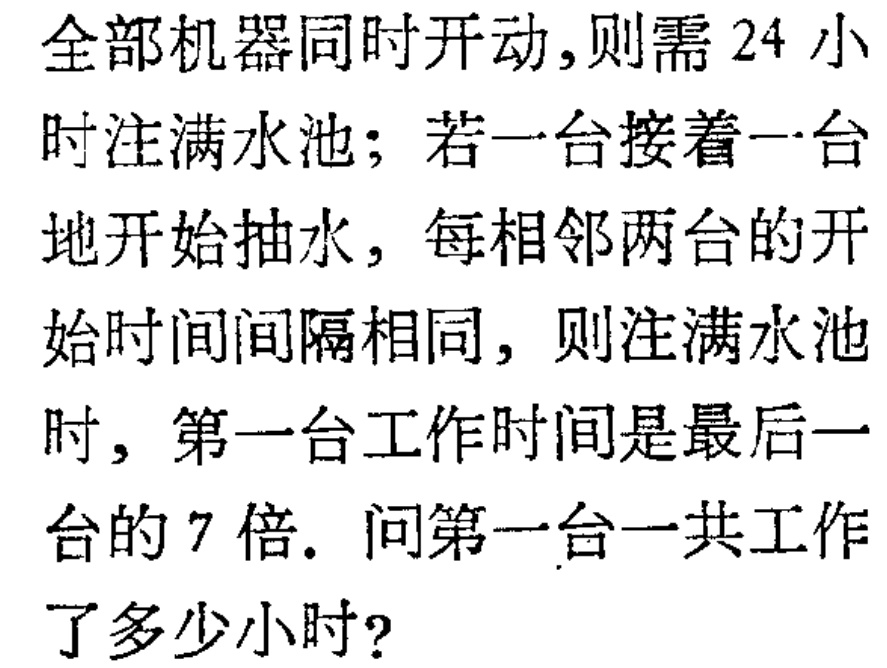
全部机器同时开动,则需 24 小时注满水池; 若一台接着一台地开始抽水, 每相邻两台的开始时间间隔相同, 则注满水池时, 第一台工作时间是最后一台的 7 倍. 问第一台一共工作了多少小时?